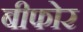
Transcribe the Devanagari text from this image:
बीफोर